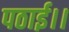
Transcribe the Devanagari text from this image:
पठाई।।